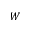
W